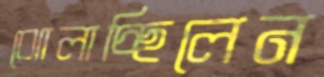
ঝোলাচ্ছিলেন